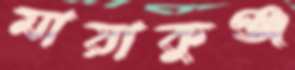
মায়াকুঞ্জ